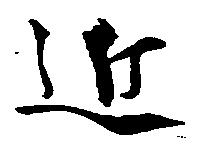
近